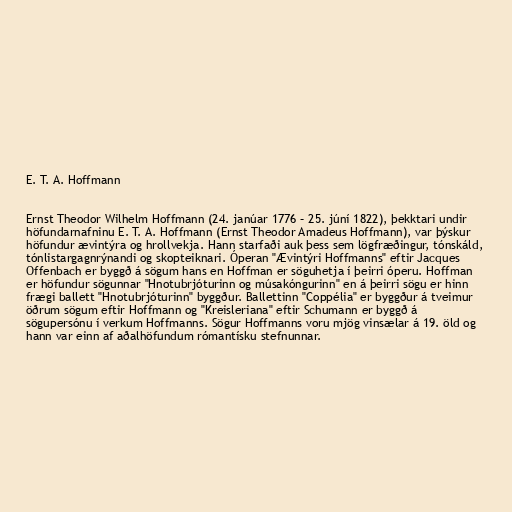
E. T. A. Hoffmann

Ernst Theodor Wilhelm Hoffmann (24. janúar 1776 – 25. júní 1822), þekktari undir
höfundarnafninu E. T. A. Hoffmann (Ernst Theodor Amadeus Hoffmann), var þýskur
höfundur ævintýra og hrollvekja. Hann starfaði auk þess sem lögfræðingur, tónskáld,
tónlistargagnrýnandi og skopteiknari. Óperan "Ævintýri Hoffmanns" eftir Jacques
Offenbach er byggð á sögum hans en Hoffman er söguhetja í þeirri óperu. Hoffman
er höfundur sögunnar "Hnotubrjóturinn og músakóngurinn" en á þeirri sögu er hinn
frægi ballett "Hnotubrjóturinn" byggður. Ballettinn "Coppélia" er byggður á tveimur
öðrum sögum eftir Hoffmann og "Kreisleriana" eftir Schumann er byggð á
sögupersónu í verkum Hoffmanns. Sögur Hoffmanns voru mjög vinsælar á 19. öld og
hann var einn af aðalhöfundum rómantísku stefnunnar.